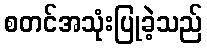
စတင်အသုံးပြုခဲ့သည်